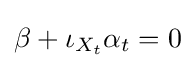
\beta +\iota _{X_{t}}\alpha _{t}=0